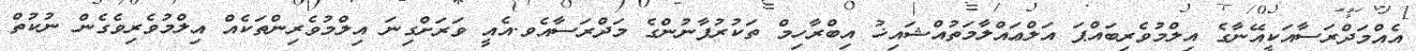
އެއްމަދްރަސާއަކީއޭނާގެ އިލްމުވެރިބައްޕަ އަލްޢައްލާމަތުއްޝައިޚު އިބްރާހިމް ތަކުރުފާނުންގެ މަދްރަސާއެވ.އެއީ ވަރަށްގިނަ އިލްމުވެރިންތަކެއް އިލްމުވެރިވެގެން ނުކުތް